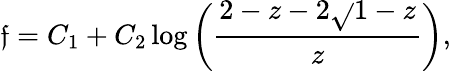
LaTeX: \mathfrak{f}=C_{1}+C_{2}\log\left(\frac{{2-z-2\sqrt{}{{1-z}}}}{{z}}\right),